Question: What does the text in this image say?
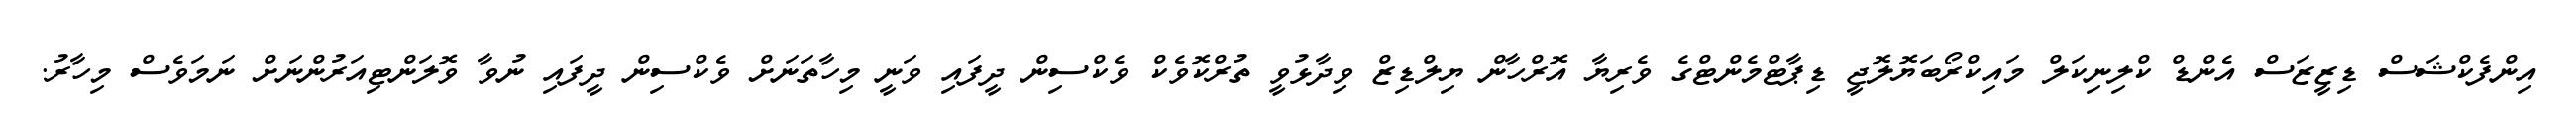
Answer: އިންފެކްޝަސް ޑިޒީޒަސް އެންޑް ކްލިނިކަލް މައިކްރޯބަޔޮލޮޖީ ޑިޕާޓްމެންޓްގެ ވެރިޔާ އޮރްހާން ޔިލްޑިޒް ވިދާޅުވީ ތުރްކޮވެކް ވެކްސިން ދީފައި ވަނީ މިހާތަނަށް ވެކްސިން ދީފައި ނުވާ ވޮލަންޓިއަރުންނަށް ނަމަވެސް މިހާރު.